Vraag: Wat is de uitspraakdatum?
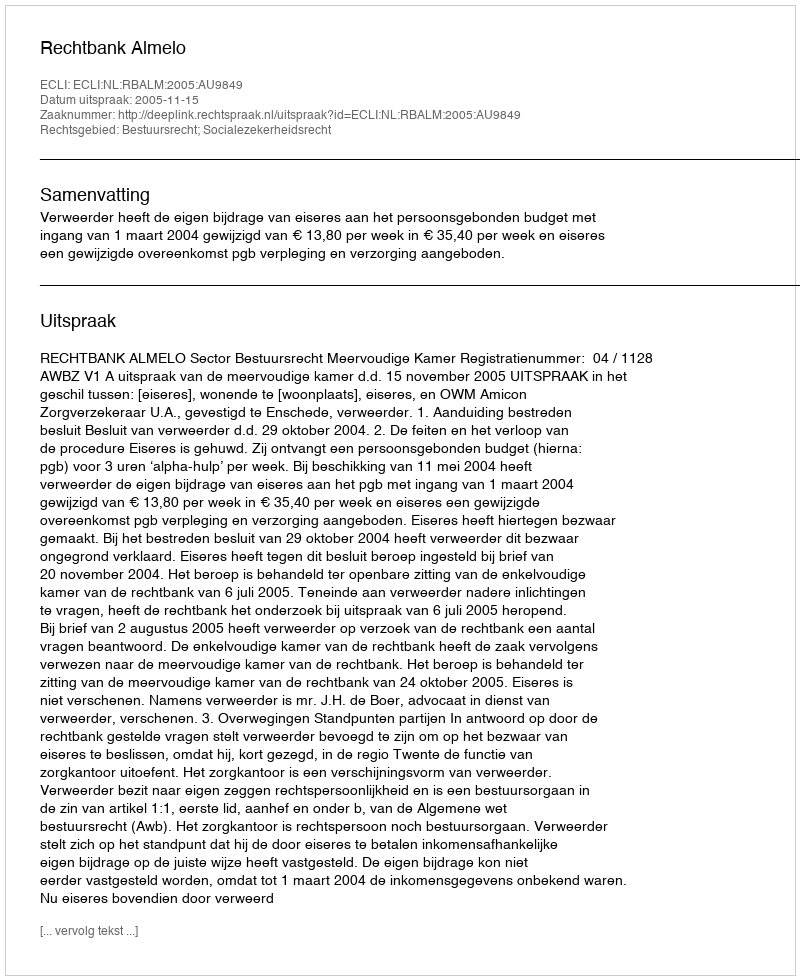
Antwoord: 2005-11-15